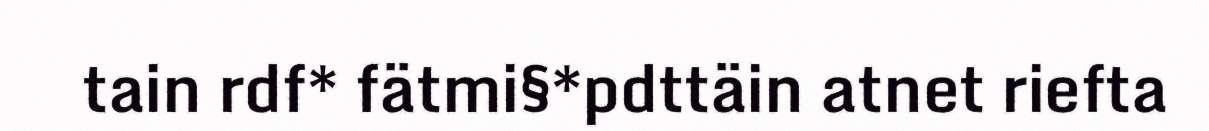
tain rdf* fätmi§*pdttäin atnet riefta